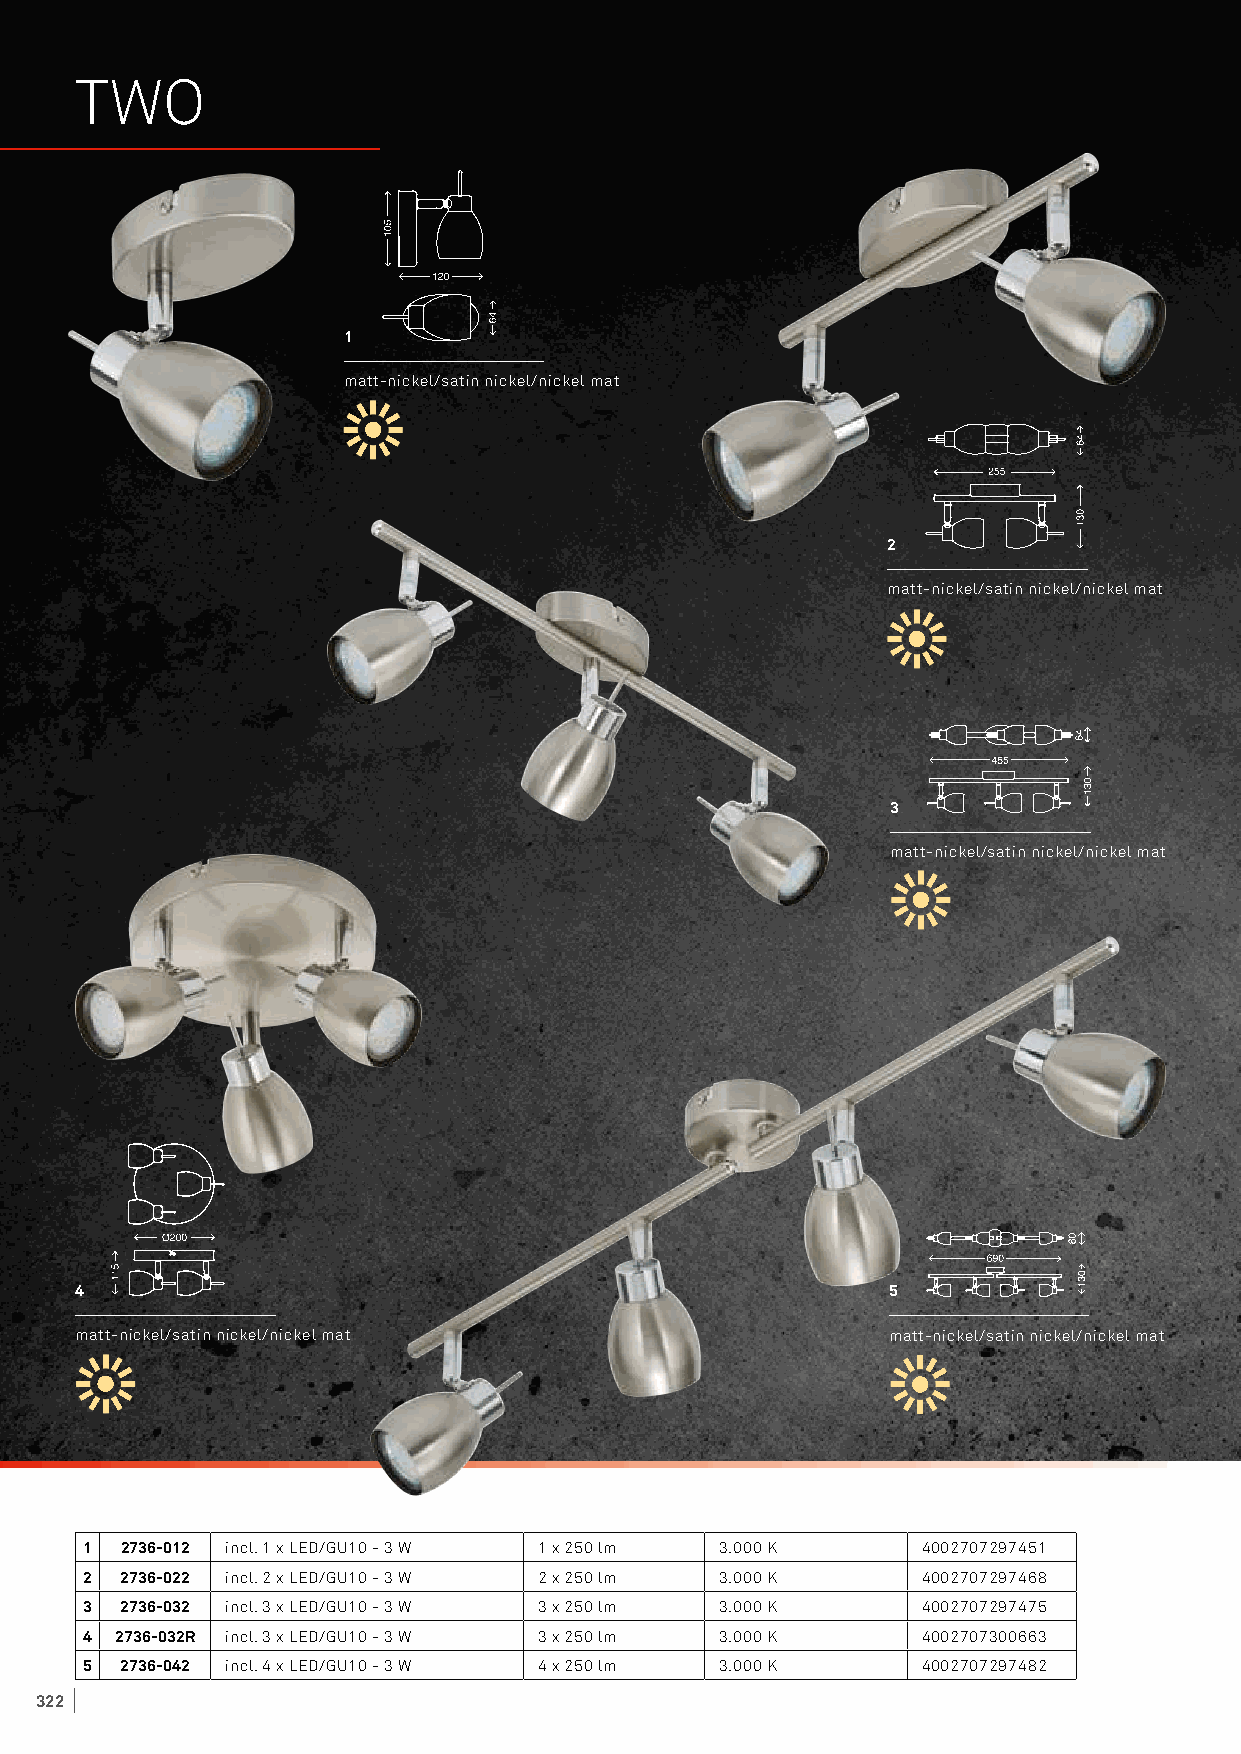
TWO
 1
 matt-nickel/satin nickel/nickel mat
 2
 matt-nickel/satin nickel/nickel mat
 3
 matt-nickel/satin nickel/nickel mat
 4                                                     5
 matt-nickel/satin nickel/nickel mat                   matt-nickel/satin nickel/nickel mat
 1 2736-012 incl. 1 x LED/GU10 - 3 W 1 x 250 lm 3.000 K 4002707297451
 2 2736-022 incl. 2 x LED/GU10 - 3 W 2 x 250 lm 3.000 K 4002707297468
 3 2736-032 incl. 3 x LED/GU10 - 3 W 3 x 250 lm 3.000 K 4002707297475
 4 2736-032R incl. 3 x LED/GU10 - 3 W 3 x 250 lm 3.000 K 4002707300663
 5 2736-042 incl. 4 x LED/GU10 - 3 W 4 x 250 lm 3.000 K 4002707297482
 322